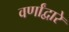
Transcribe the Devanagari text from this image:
वर्णांद्वारे